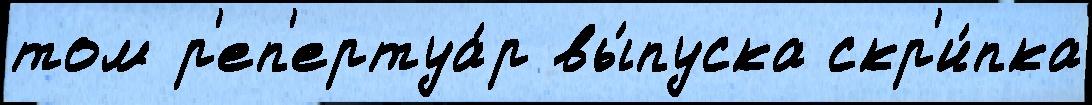
том р'еп'ертуа́р вы́пуска скр'и́пка